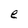
Character: e